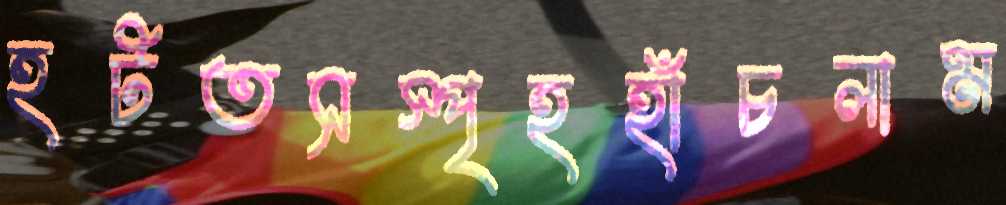
হটতসস্পৃহহাঁচলাম